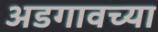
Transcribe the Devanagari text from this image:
अडगावच्या